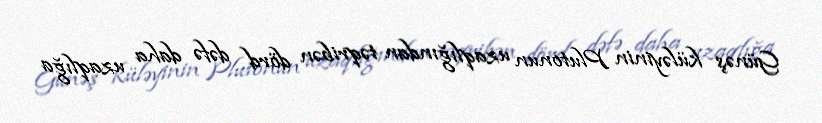
Günəş küləyinin Plutonun uzaqlığından təqribən dörd dəfə daha uzaqlığa